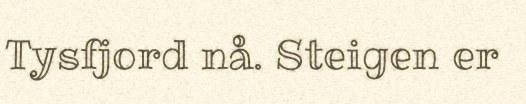
Tysfjord nå. Steigen er